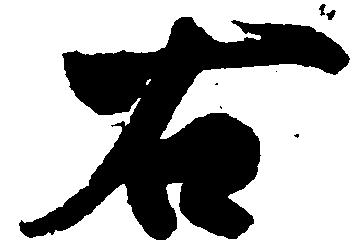
右